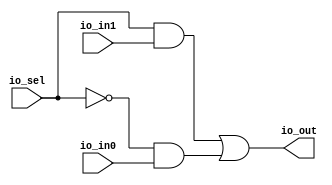
module Mux2(
  input   io_sel,
  input   io_in0,
  input   io_in1,
  output  io_out
);
  assign io_out = io_sel & io_in1 | ~io_sel & io_in0; // @[Mux2.scala 11:31]
endmodule
module Mux4_fac(
  input  [1:0] io_sel,
  input        io_in0,
  input        io_in1,
  input        io_in2,
  input        io_in3,
  output       io_out
);
  wire  Mux2_io_sel; // @[Mux2.scala 17:19]
  wire  Mux2_io_in0; // @[Mux2.scala 17:19]
  wire  Mux2_io_in1; // @[Mux2.scala 17:19]
  wire  Mux2_io_out; // @[Mux2.scala 17:19]
  wire  Mux2_1_io_sel; // @[Mux2.scala 17:19]
  wire  Mux2_1_io_in0; // @[Mux2.scala 17:19]
  wire  Mux2_1_io_in1; // @[Mux2.scala 17:19]
  wire  Mux2_1_io_out; // @[Mux2.scala 17:19]
  wire  Mux2_2_io_sel; // @[Mux2.scala 17:19]
  wire  Mux2_2_io_in0; // @[Mux2.scala 17:19]
  wire  Mux2_2_io_in1; // @[Mux2.scala 17:19]
  wire  Mux2_2_io_out; // @[Mux2.scala 17:19]
  Mux2 Mux2 ( // @[Mux2.scala 17:19]
    .io_sel(Mux2_io_sel),
    .io_in0(Mux2_io_in0),
    .io_in1(Mux2_io_in1),
    .io_out(Mux2_io_out)
  );
  Mux2 Mux2_1 ( // @[Mux2.scala 17:19]
    .io_sel(Mux2_1_io_sel),
    .io_in0(Mux2_1_io_in0),
    .io_in1(Mux2_1_io_in1),
    .io_out(Mux2_1_io_out)
  );
  Mux2 Mux2_2 ( // @[Mux2.scala 17:19]
    .io_sel(Mux2_2_io_sel),
    .io_in0(Mux2_2_io_in0),
    .io_in1(Mux2_2_io_in1),
    .io_out(Mux2_2_io_out)
  );
  assign io_out = Mux2_2_io_out; // @[Mux4.scala 39:10]
  assign Mux2_io_sel = io_sel[0]; // @[Mux4.scala 39:40]
  assign Mux2_io_in0 = io_in0; // @[Mux2.scala 18:14]
  assign Mux2_io_in1 = io_in1; // @[Mux2.scala 19:14]
  assign Mux2_1_io_sel = io_sel[0]; // @[Mux4.scala 39:73]
  assign Mux2_1_io_in0 = io_in2; // @[Mux2.scala 18:14]
  assign Mux2_1_io_in1 = io_in3; // @[Mux2.scala 19:14]
  assign Mux2_2_io_sel = io_sel[1]; // @[Mux4.scala 39:24]
  assign Mux2_2_io_in0 = Mux2_io_out; // @[Mux2.scala 18:14]
  assign Mux2_2_io_in1 = Mux2_1_io_out; // @[Mux2.scala 19:14]
endmodule